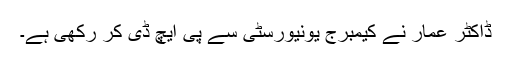
ڈاکٹر عمار نے کیمبرج یونیورسٹی سے پی ایچ ڈی کر رکھی ہے۔